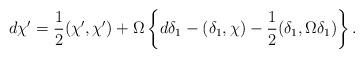
LaTeX: \begin{align*}d\chi^\prime={1\over 2}(\chi^\prime,\chi^\prime)+\Omega\left\{d\delta_1-(\delta_1,\chi)-{1\over 2}(\delta_1,\Omega\delta_1)\right\}.\end{align*}